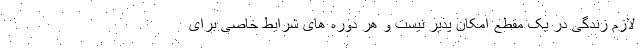
لازم زندگی در یک مقطع امکان پذیر نیست و هر دوره های شرایط خاصی برای